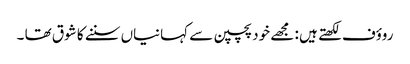
روؤف لکھتے ہیں : مجھے خود پچپن سے کہانیاں سننے کا شوق تھا ۔